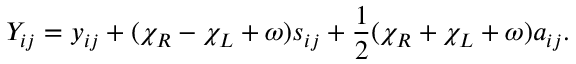
Y _ { i j } = y _ { i j } + ( \chi _ { R } - \chi _ { L } + \omega ) s _ { i j } + \frac { 1 } { 2 } ( \chi _ { R } + \chi _ { L } + \omega ) a _ { i j } .